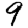
Digit: 9